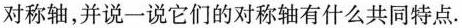
对称轴，并说一说它们的对称轴有什么共同特点.